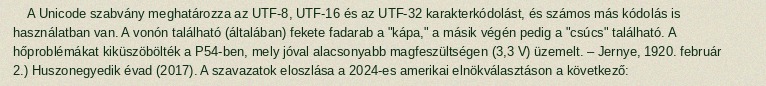
A Unicode szabvány meghatározza az UTF-8, UTF-16 és az UTF-32 karakterkódolást, és számos más kódolás is használatban van. A vonón található (általában) fekete fadarab a "kápa," a másik végén pedig a "csúcs" található. A hőproblémákat kiküszöbölték a P54-ben, mely jóval alacsonyabb magfeszültségen (3,3 V) üzemelt. – Jernye, 1920. február 2.) Huszonegyedik évad (2017). A szavazatok eloszlása a 2024-es amerikai elnökválasztáson a következő: